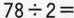
$$7 8 \div 2 =$$